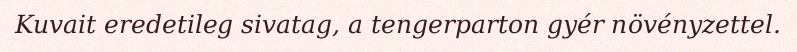
Kuvait eredetileg sivatag, a tengerparton gyér növényzettel.